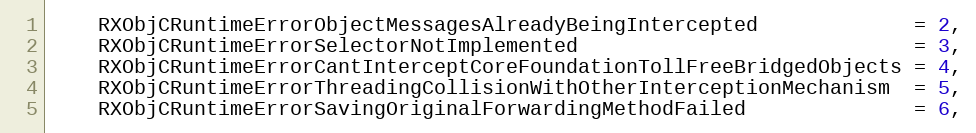
Language: C
    RXObjCRuntimeErrorObjectMessagesAlreadyBeingIntercepted             = 2,
    RXObjCRuntimeErrorSelectorNotImplemented                            = 3,
    RXObjCRuntimeErrorCantInterceptCoreFoundationTollFreeBridgedObjects = 4,
    RXObjCRuntimeErrorThreadingCollisionWithOtherInterceptionMechanism  = 5,
    RXObjCRuntimeErrorSavingOriginalForwardingMethodFailed              = 6,